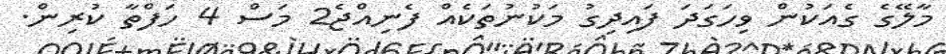
މާލޭގެ ގެއަކުން ވިހަގަދަ ފައިދިގު މަކުނުތަކެއް ފެނިއްޖެ2 މަސް 4 ހަފްތާ ކުރިން.